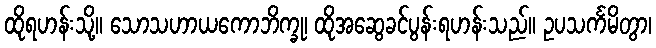
ထိုရဟန်းသို့။ သောသဟာယကောဘိက္ခု၊ ထိုအဆွေခင်ပွန်းရဟန်းသည်။ ဥပသင်္ကမိတွာ၊